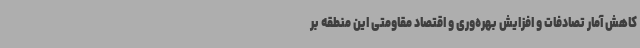
کاهش آمار تصادفات و افزایش بهره‌وری و اقتصاد مقاومتی این منطقه بر